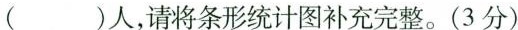
( )人，请将条形统计图补充完整。(3分)